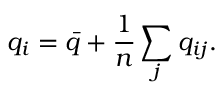
q _ { i } = { \bar { q } } + \frac { 1 } { n } \sum _ { j } q _ { i j } .